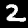
Label: 2